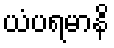
ယံပရမာနိ